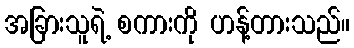
အခြားသူရဲ့ စကားကို ဟန့်တားသည်။